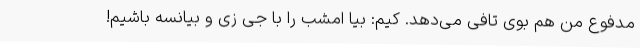
مدفوع من هم بوی تافی می‌دهد. کیم: بیا امشب را با جی زی و بیانسه باشیم!